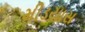
મીડયાસ